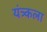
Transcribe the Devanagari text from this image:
यंत्र्कला